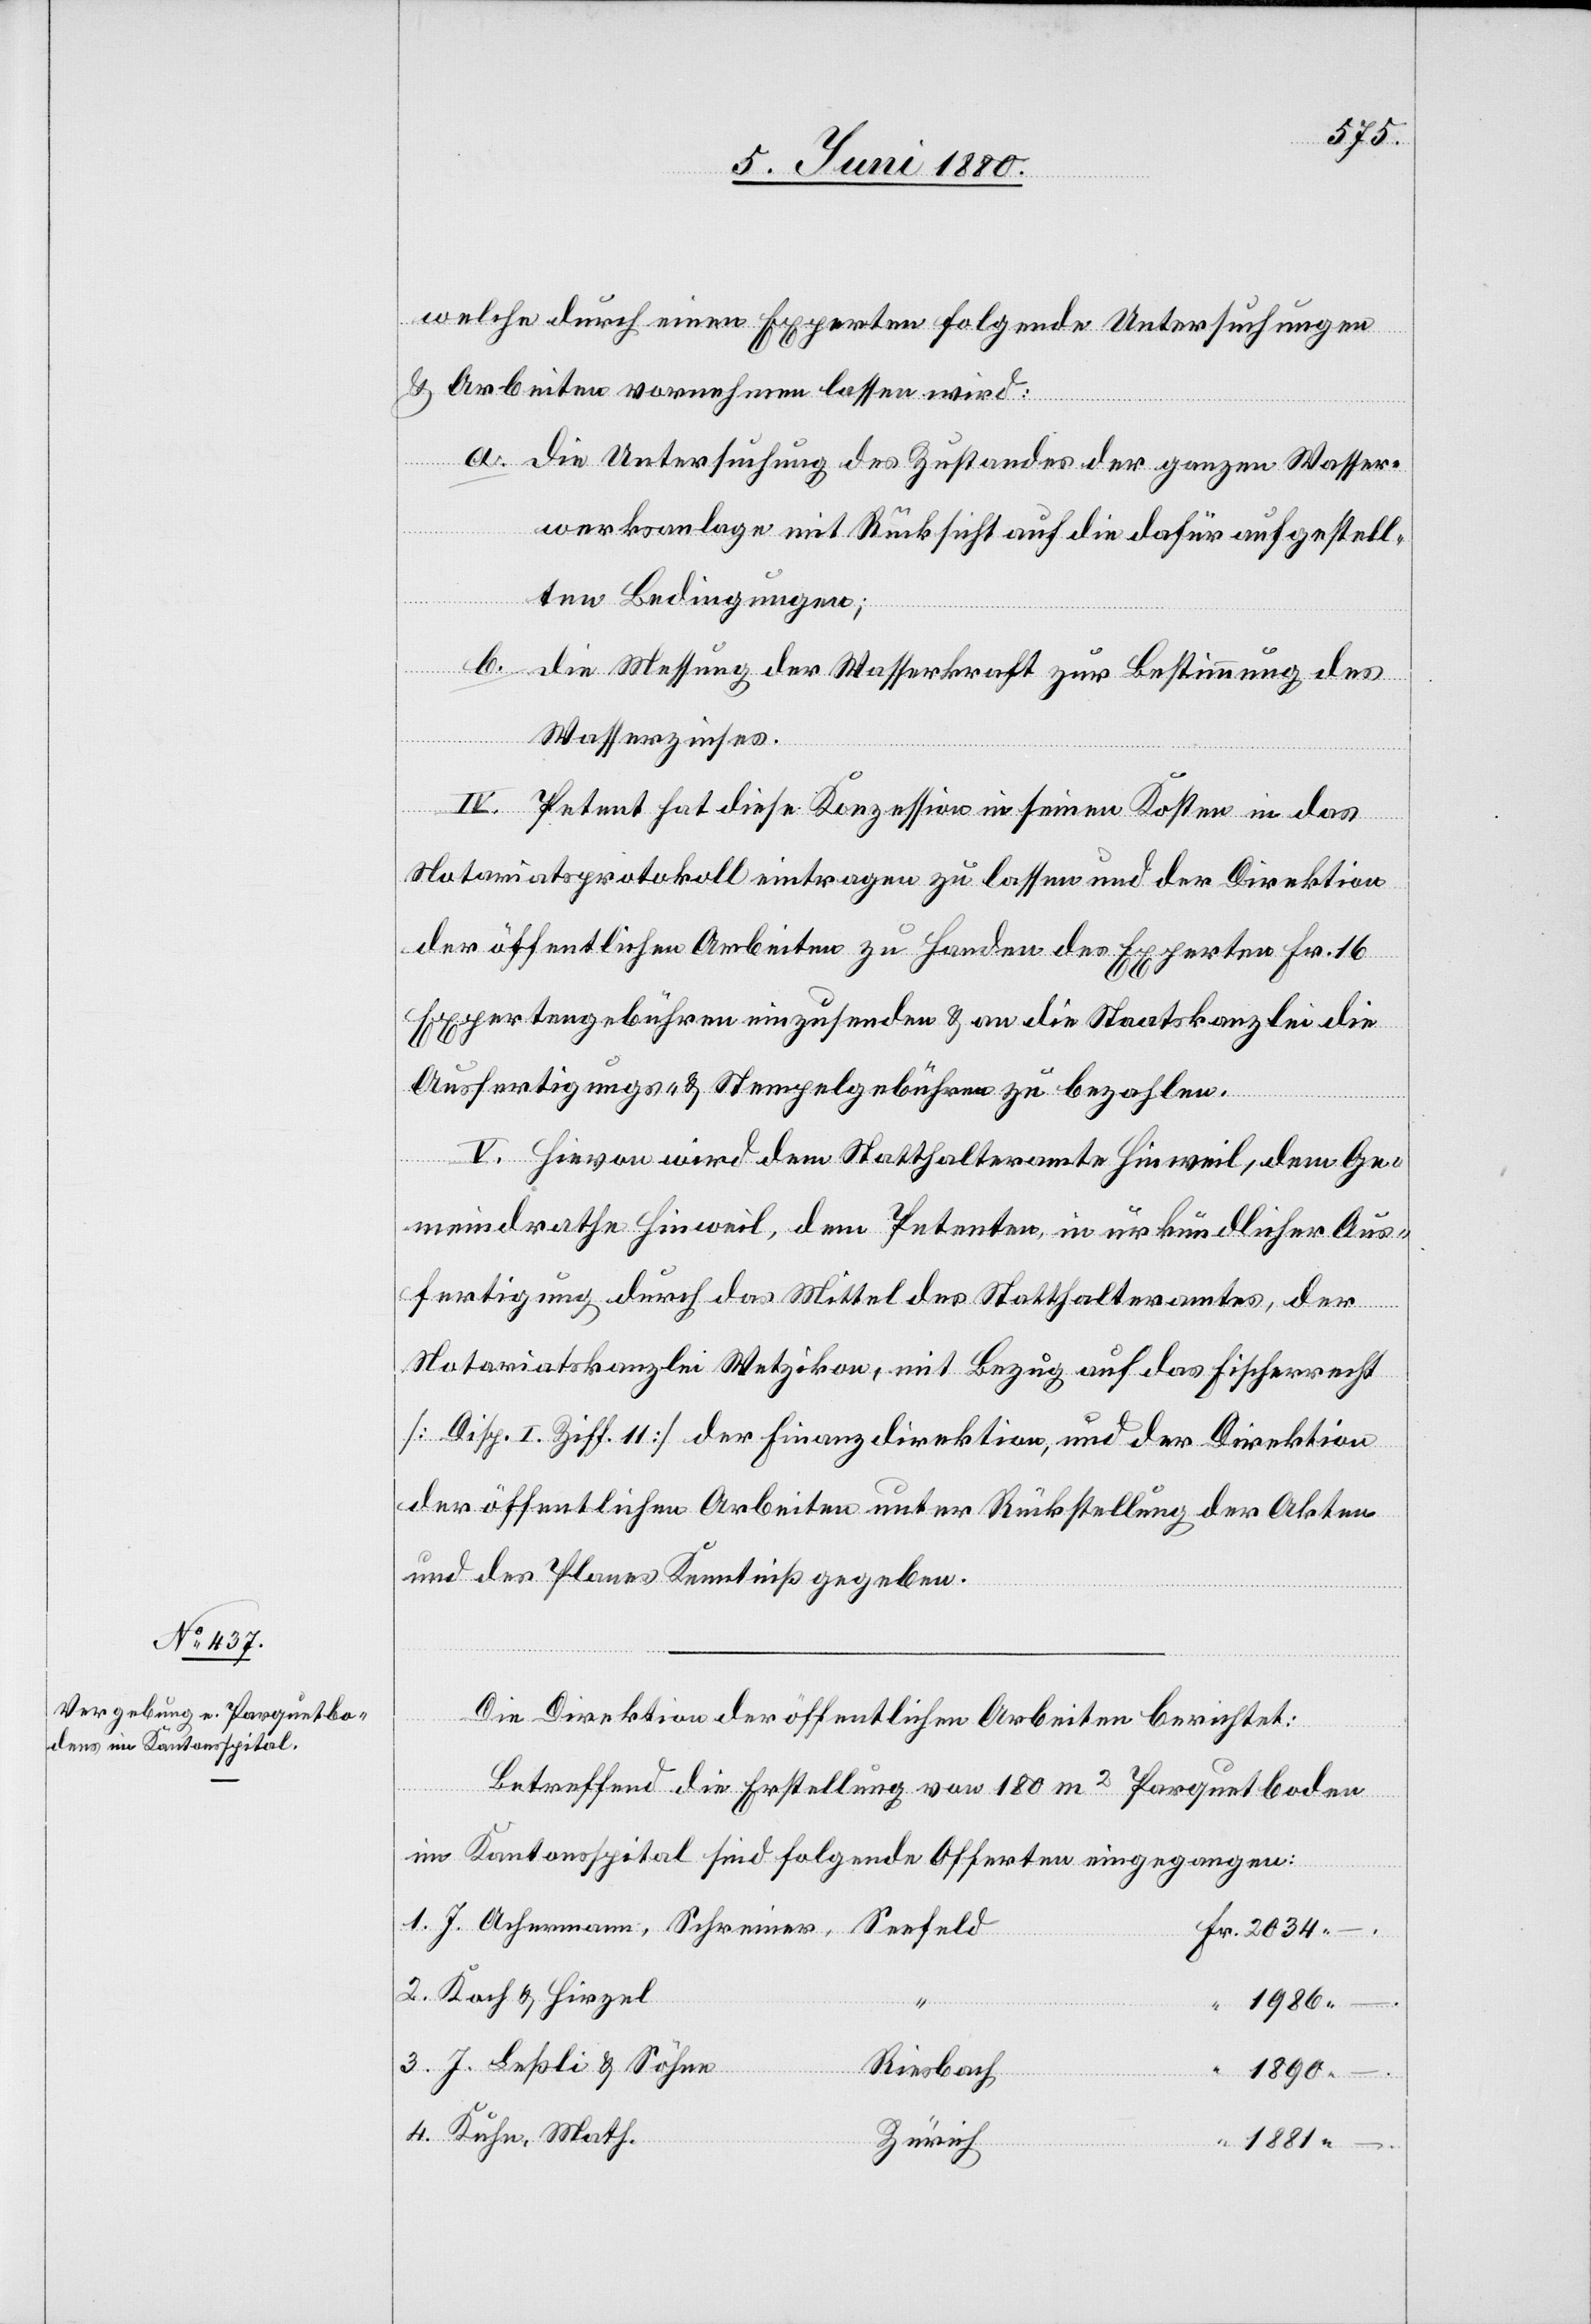
“
welche durch einen Experten folgende Untersuchungen
& Arbeiten vornehmen lassen wird:
a. Die Untersuchung des Zustandes der ganzen Wasser¬
Math.
werksanlage mit Rücksicht auf die dafür aufgestell¬
Hirzel
ten Bedingungen;
b. Die Messung der Wasserkraft zur Bestimmung des
Wasserzinses.
Seefeld
IV. Petent hat diese Konzession in seinen Kosten in das
Notariatsprotokoll eintragen zu lassen und der Direktion
der öffentlichen Arbeiten zu Handen des Experten Fr. 16
4.
Expertengebühren einzusenden & an die Staatskanzlei die
Ausfertigungs- & Stempelgebühren zu bezahlen.
V. Hievon wird dem Statthalteramte Hinweil, dem Ge¬
meindrathe Hinweil, dem Petenten in urkundlicher Aus¬
fertigung durch das Mittel des Statthalteramtes, der
Notariatskanzlei Wetzikon, mit Bezug auf das Fischerrecht
[Disp. I Ziff. 11] der Finanzdirektion, und der Direktion
der öffentlichen Arbeiten unter Rückstellung der Akten
und des Planes Kenntniß gegeben.
Die Direktion der öffentlichen Arbeiten berichtet:
Betreffend die Erstellung von 180 m2 Parquetboden
im Kantonsspital sind folgende Offerten eingegangen:
1986.
J. Leßli & Söhne
Riesbach
1890.
–.
Zürich
1881.